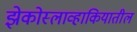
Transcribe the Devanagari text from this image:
झेकोस्लाव्हाकियातील